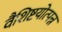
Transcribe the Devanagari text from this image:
वैशिष्टयोत्पन्न